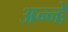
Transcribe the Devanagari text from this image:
अन्न्हे